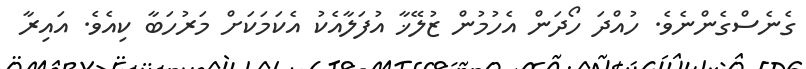
ގެނެސްގެންނެވެ. ހުއްދަ ހޯދަން އެހުމުން ޒުލޭޚާ އުފަލާއެކު އެކަމަކަށް މަރުހަބާ ކިއެވެ. އައިރާ